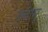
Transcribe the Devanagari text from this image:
क्वामू